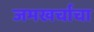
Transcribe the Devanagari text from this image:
जमखर्चाचा